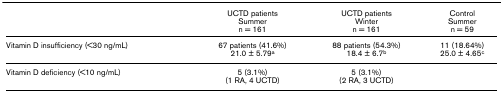
<table><thead><tr><td></td><td><b>UCTD patientsSummern = 161</b></td><td><b>UCTD patientsWintern = 161</b></td><td><b>ControlSummern = 59</b></td></tr></thead><tbody><tr><td>Vitamin D insufficiency (&lt;30 ng/mL)</td><td>67 patients (41.6%)21.0 ± 5.79<sup>a</sup></td><td>88 patients (54.3%)18.4 ± 6.7<sup>b</sup></td><td>11 (18.64%)25.0 ± 4.65<sup>c</sup></td></tr><tr><td>Vitamin D deficiency (&lt;10 ng/mL)</td><td>5 (3.1%)(1 RA, 4 UCTD)</td><td>5 (3.1%)(2 RA, 3 UCTD)</td><td></td></tr></tbody></table>